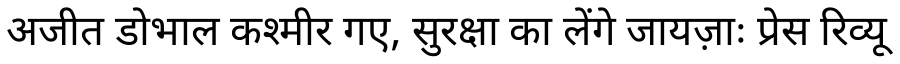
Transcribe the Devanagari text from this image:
अजीत डोभाल कश्मीर गए, सुरक्षा का लेंगे जायज़ाः प्रेस रिव्यू